Indian Civil Veterinary Department memoirs
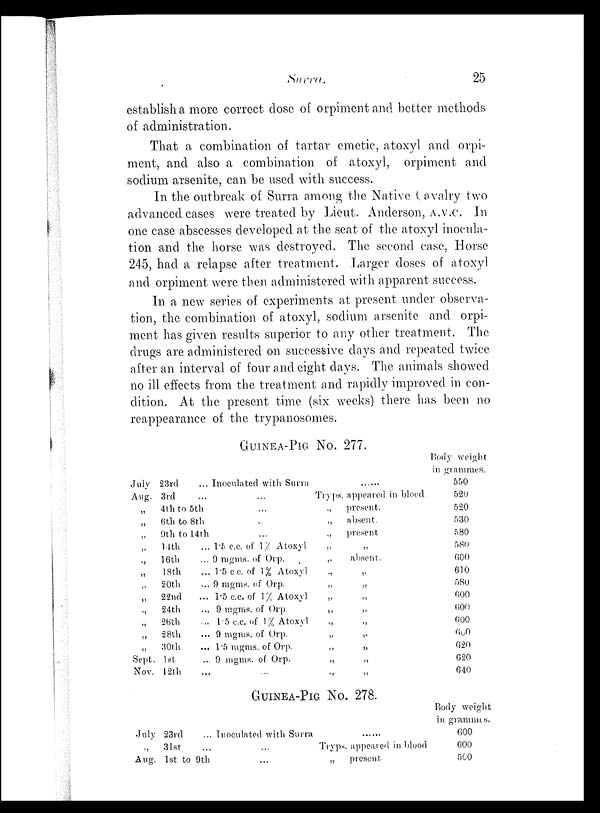
Surra.
25
establish a more correct dose of orpiment and better methods
of administration.
That a combination of tartar emetic, atoxyl and orpi-
ment, and also a combination of atoxyl, orpiment and
sodium arsenite, can be used with success.
In the outbreak of Surra among the Native Cavalry two
advanced cases were treated by Lieut. Anderson, A.V.C. In
one case abscesses developed at the seat of the atoxyl inocula-
tion and the horse was destroyed. The second case, Horse
245, had a relapse after treatment. Larger doses of atoxyl
and orpiment were then administered with apparent success.
In a new series of experiments at present under observa-
tion, the combination of atoxyl, sodium arsenite and orpi-
ment has given results superior to any other treatment. The
drugs are administered on successive days and repeated twice
after an interval of four and eight days. The animals showed
no ill effects from the treatment and rapidly improved in con-
dition. At the present time (six weeks) there has been no
reappearance of the trypanosomes.
GUINEA-PIG NO. 277.
July 23rd
... Inoculated with Surra ......
Aug. 3rd
...
...
Tryps. appeared in blood
„
4th to 5th
...
„
present.
„
6th to 8th
...
„
absent.
„
9th to
14th
...
„
present
„ 14th
... 1.5 c.c. of 1% Atoxyl
„
„
„ 16th
... 9 mgms. of Orp.
„
absent.
„ 18th
... 1.5 cc. of 1% Atoxyl „ „
„
20th ... 9 mgms. of Orp. „ „
„
22nd
... 1.5 c.c. of 1% Atoxyl „ „
„
24th
...
9 mgms. of Orp. „ „
„
26th
...
1.5 c.c. of 1% Atoxyl „ „
„
28th
... 9 mgms. of Orp. „ „
„
30th
... l.5 mgms. of Orp. „ „
Sept.
1st
... 9 mgms. of Orp. „ „
Nov. 12th
...
...
„
„
Body weight
in grammes.
550
520
520
530
580
580
600
610
580
600
600
600
600
620
620
640
GUINEA-PIG NO. 278.
July 23rd
... Inoculated with Surra ......
„
31st
...
...
Tryps. appeared in blood
Aug. 1st to 9th
...
„
present
Body weight
in grammes.
600
600
500